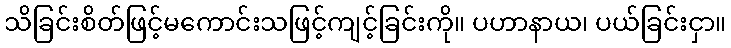
သိခြင်းစိတ်ဖြင့်မကောင်းသဖြင့်ကျင့်ခြင်းကို။ ပဟာနာယ၊ ပယ်ခြင်းငှာ။